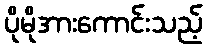
ပိုမိုအားကောင်းသည့်